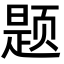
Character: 题